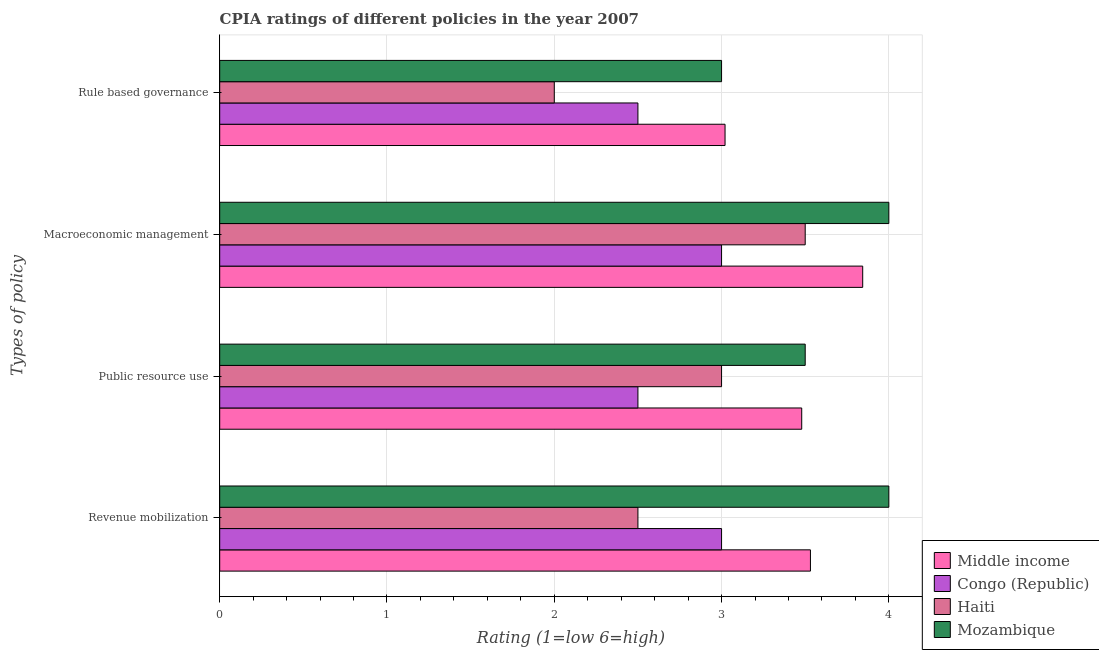
| Types of policy | Middle income | Congo (Republic) | Haiti | Mozambique |
 | --- | --- | --- | --- | --- |
 | Revenue mobilization | 3.53 | 3 | 2.5 | 4 |
 | Public resource use | 3.48 | 2.5 | 3 | 3.5 |
 | Macroeconomic management | 3.84 | 3 | 3.5 | 4 |
 | Rule based governance | 3.02 | 2.5 | 2 | 3 |